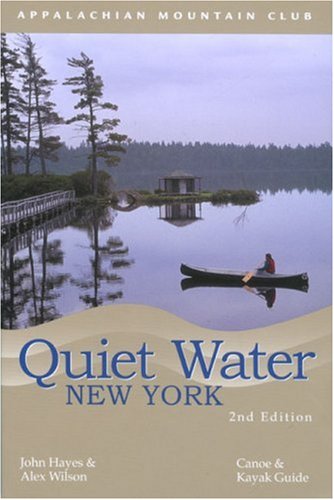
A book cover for Quiet Water New York, 2nd: Canoe & Kayak Guide (AMC Quiet Water Series); Alex Wilson; Travel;